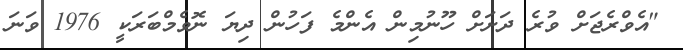
"އެވްރެޖަށް ވުރެ ދަށަށް ހޫނުމިން އެންމެ ފަހުން ދިޔަ ނޮވެމްބަރަކީ 1976 ވަނަ